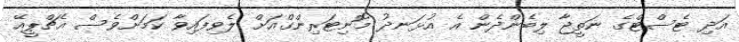
އަދި ޓެސްޓްގެ ނަތީޖާ ލިބެންދެން އެ އުޅަނދު މޮނިޓަރިންގްއަށް ލެވިފައިވާ ކަމަށްވެސް އެޗްޕީއޭ